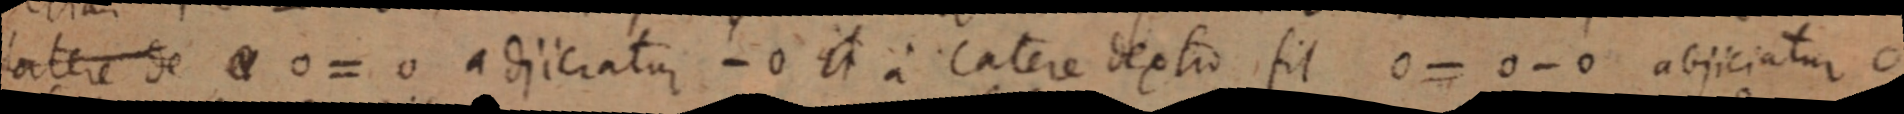
latere de 0 = 0 adjiciatur - 0 it a catere dextio fit 0 abjiciatur 0